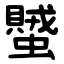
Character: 蠈